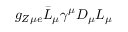
g _ { Z \mu e } \bar { L } _ { \mu } \gamma ^ { \mu } D _ { \mu } L _ { \mu }